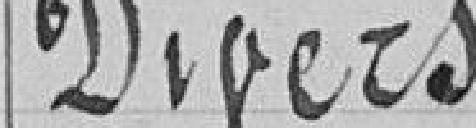
Divers